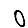
Digit: 0